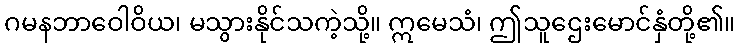
ဂမနဘာဝေါဝိယ၊ မသွားနိုင်သကဲ့သို့။ ဣမေသံ၊ ဤသူဌေးမောင်နှံတို့၏။